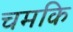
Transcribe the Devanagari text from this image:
चमकि